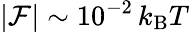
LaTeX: |{\cal F}|\sim 10^{-2}\, k_{\mathrm{B}}T